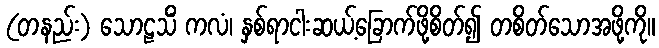
(တနည်း) သောဠသိံ ကလံ၊ နှစ်ရာငါးဆယ့်ခြောက်ဖို့စိတ်၍ တစိတ်သောအဖို့ကို။